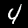
Digit: 4